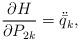
LaTeX: \begin{align*} \frac{\partial H}{\partial P_{2 k}} = \ddot{\bar{q}}_k ,\end{align*}